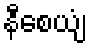
နီစေယျံ